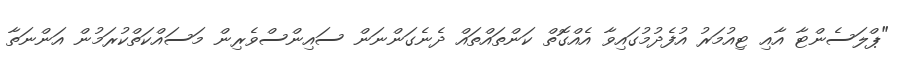
"ޕްލަސެންޓާ އާއި ޓިއުމަރު އުފެދުމުގައިވާ އެއްގޮތް ކަންތައްތައް ދެނެގަންނަން ސައިންސްވެރިން މަސައްކަތްކުރަމުން އަންނަތާ